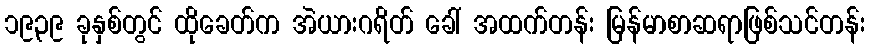
၁၉၃၉ ခုနှစ်တွင် ထိုခေတ်က အဲယားဂရိတ် ခေါ် အထက်တန်း မြန်မာစာဆရာဖြစ်သင်တန်း